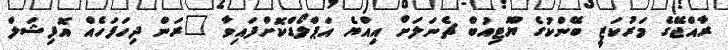
ރާއްޖޭގެ މަރުކަޒީ ބޭންކުގެ ޔޫޓިއުބް ޗެނަލަށް އިއްޔެ އަޕްލޯޑްކޮށްފައިވާ "ރަން ދިހަފަހެއް އޮފިޝަލް